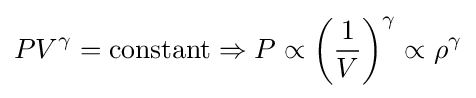
PV^{\gamma }={\text{constant}}\Rightarrow P\propto \left({\frac {1}{V}}\right)^{\gamma }\propto \rho ^{\gamma }